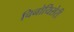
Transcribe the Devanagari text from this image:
चिनोयिसेरी